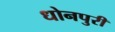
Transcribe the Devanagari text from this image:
धोनपुरी